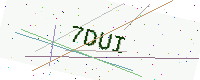
Text: 7DUI